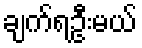
ချက်ရဦးမယ်